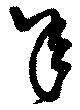
年